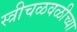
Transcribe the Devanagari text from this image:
स्त्रीचळवळीच्या